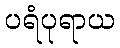
ပရံပုရာယ